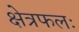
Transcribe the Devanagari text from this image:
क्षेत्रफलः